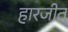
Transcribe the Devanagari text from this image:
हारजीत